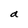
Character: a